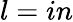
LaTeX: l=in